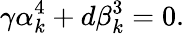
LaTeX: \gamma\alpha_{k}^{4}+d\beta_{k}^{3}=0.